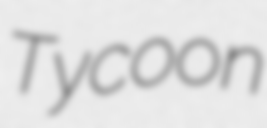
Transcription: Tycoon